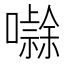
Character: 𭋻